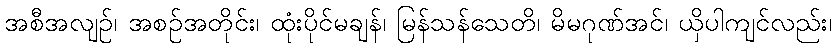
အစီအလျဉ်၊ အစဉ်အတိုင်း၊ ထုံးပိုင်မချန်၊ မြန်သန်သေတိ၊ မိမဂုဏ်အင်၊ ယှိပါကျင်လည်း၊